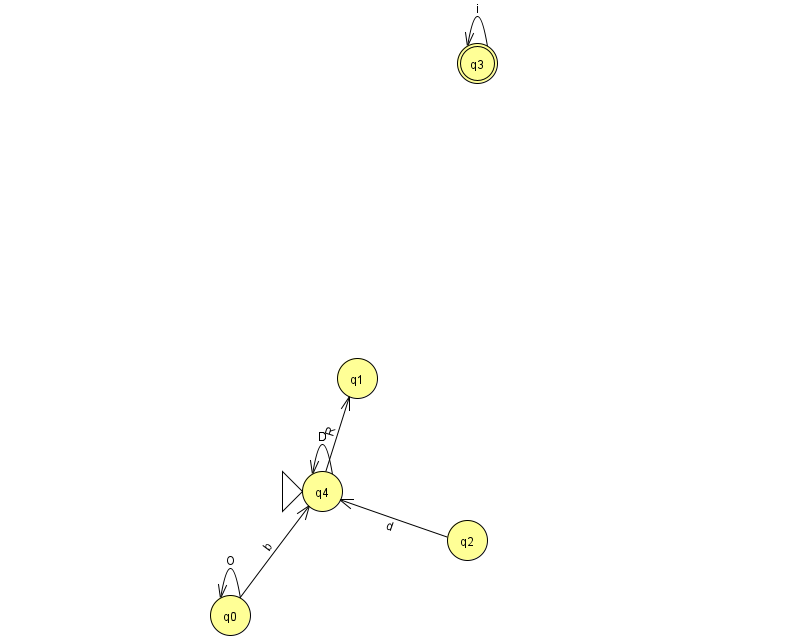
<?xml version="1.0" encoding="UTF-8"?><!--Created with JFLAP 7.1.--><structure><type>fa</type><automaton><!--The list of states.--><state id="0" name="q0"><x>230.0</x><y>602.0</y></state><state id="1" name="q1"><x>357.0</x><y>365.0</y></state><state id="2" name="q2"><x>467.0</x><y>527.0</y></state><state id="3" name="q3"><x>477.0</x><y>50.0</y><final/></state><state id="4" name="q4"><x>322.0</x><y>478.0</y><initial/></state><!--The list of transitions.--><transition><from>4</from><to>4</to><read>D</read></transition><transition><from>0</from><to>4</to><read>b</read></transition><transition><from>3</from><to>3</to><read>i</read></transition><transition><from>4</from><to>1</to><read>R</read></transition><transition><from>0</from><to>0</to><read>O</read></transition><transition><from>2</from><to>4</to><read>d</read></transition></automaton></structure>